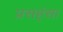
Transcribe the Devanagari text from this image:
प्रसह्ंसा